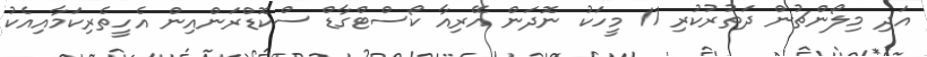
އަދި މިލޯންޗުން ދަތުރުކުރި 11 މީހަކު ނޮދަން އޭރިއާ ކޯސްޓްގާޑް ސްކޮޑްރަންއިން އެހީތެރިކަމާއިއެކު